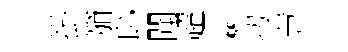
掛笳恥聞超彬㓛慧